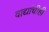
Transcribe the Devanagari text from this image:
वाद्यांचीही